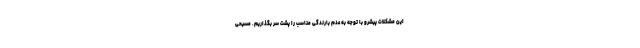
این مشکلات پیشرو با توجه به عدم بارندگی مناسب را پشت سر بگذاریم. مسیحی